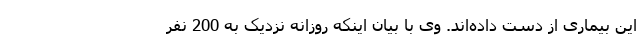
این بیماری از دست داده‌اند. وی با بیان اینکه روزانه نزدیک به 200 نفر